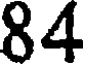
84